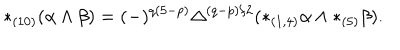
LaTeX: * _ { ( 1 0 ) } ( \alpha \wedge \beta ) = ( - ) ^ { q ( 5 - p ) } \Delta ^ { ( q - p ) / 2 } ( * _ { ( 1 , 4 ) } \alpha \wedge * _ { ( 5 ) } \beta ) .